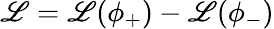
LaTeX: {\cal\mathscr{L}}={\cal\mathscr{L}}(\phi_{+})-{\cal\mathscr{L}}(\phi_{-})